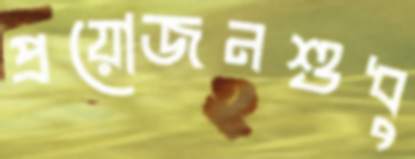
প্রয়োজনশুধু